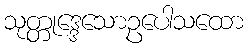
သုတ္တုဒ္ဒေသောဥပေါသထော